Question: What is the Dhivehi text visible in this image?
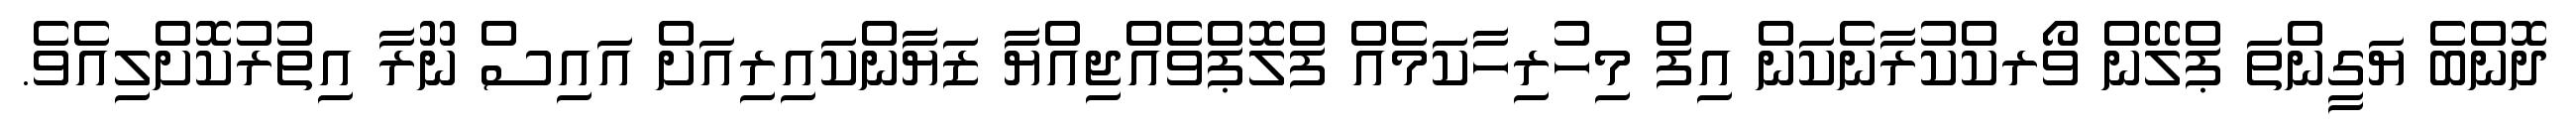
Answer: ދޮންބެ ޔަގީންތަ ޕްލޭން ވޯރކްކުރާނެކަން އިފް މިހުރިހާކަމެއް ފްލޮޕްވެއްޖިއްޔާ ޒަޔާންކައިރިއަށް އައިސް ނޫރާ އިތުރުކޮށްލިއެވެ.